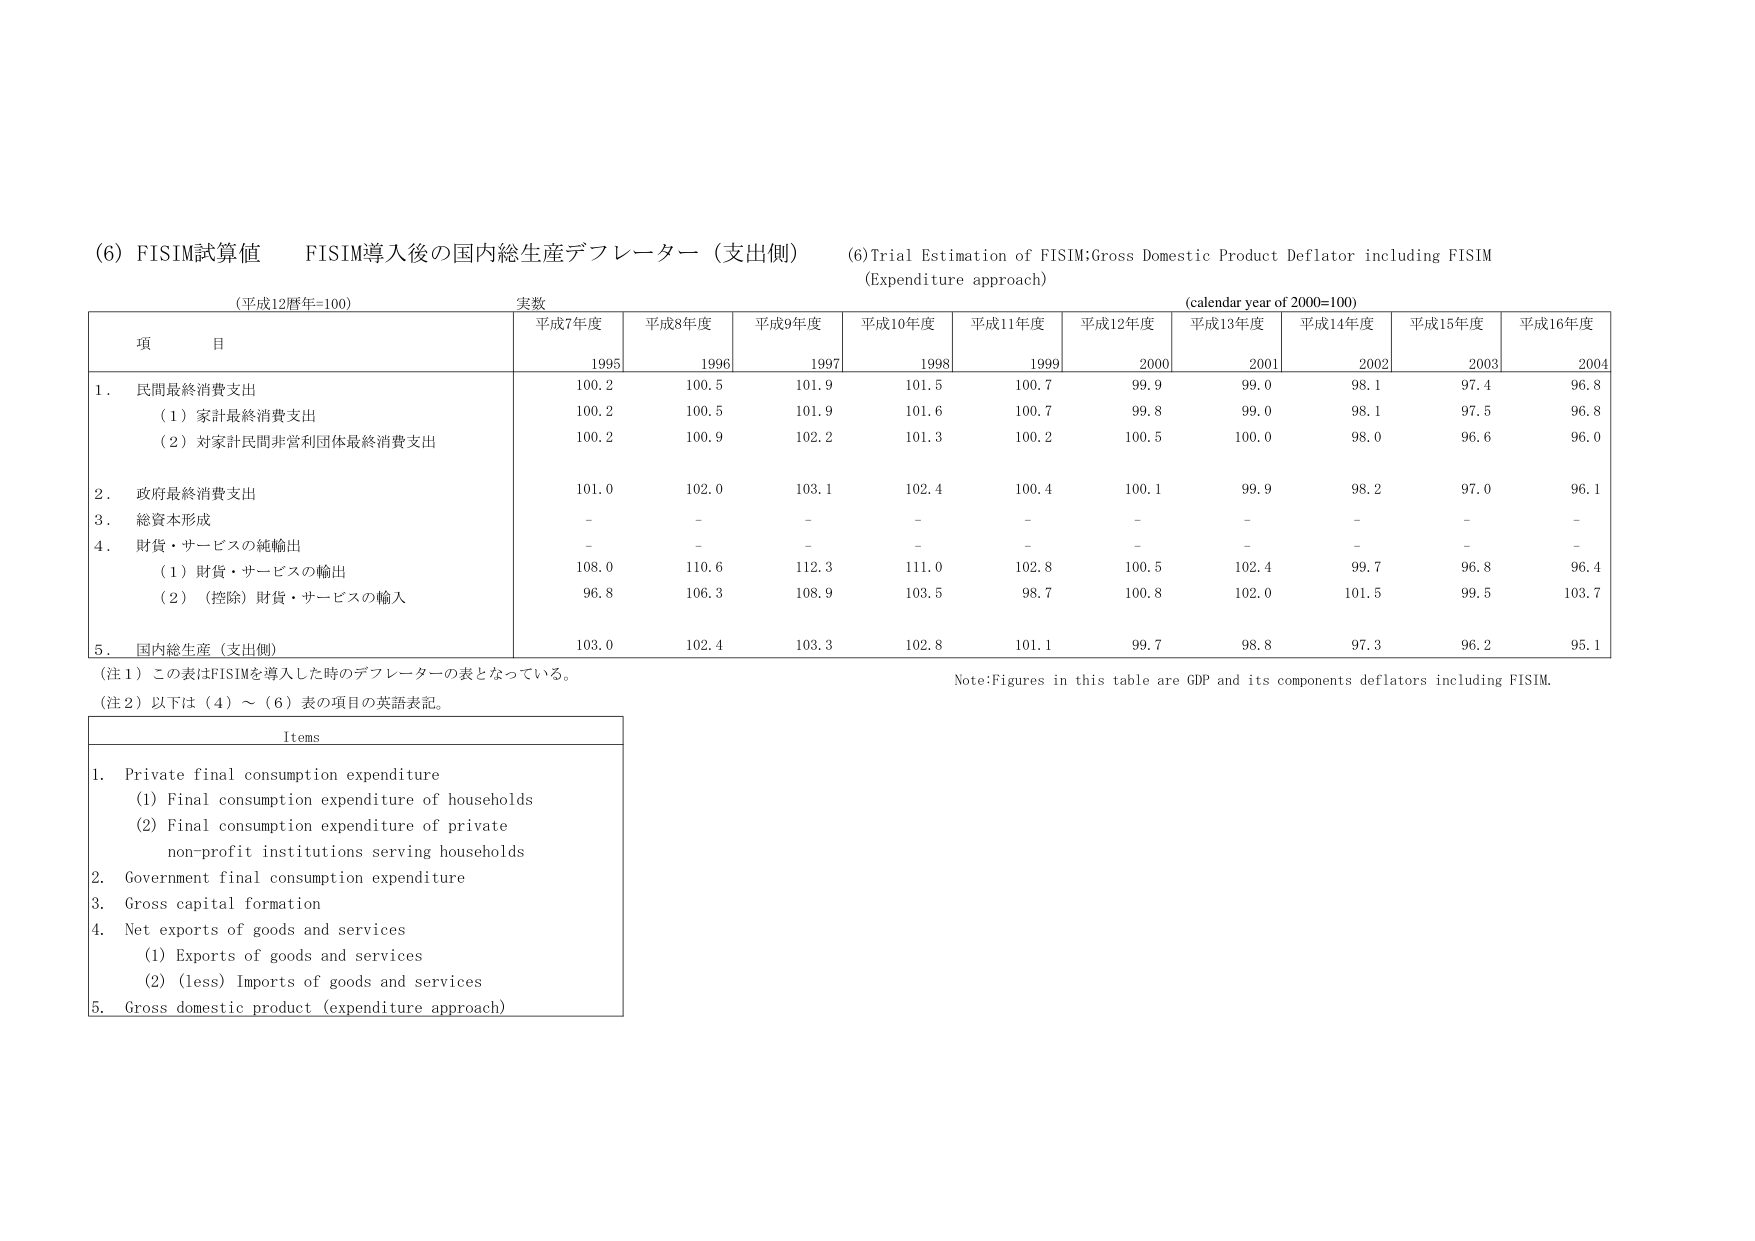
(6) FISIM試算値　FISIM導入後の国内総生産デフレーター（支出側）
(6) Trial Estimation of FISIM: Gross Domestic Product Deflator including FISIM
（Expenditure approach）

（平成12暦年=100）　実数
(calendar year of 2000=100)

項　目